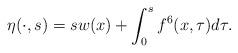
LaTeX: \begin{align*}\eta(\cdot,s)=s w(x)+\int_0^s f^6(x,\tau)d\tau.\end{align*}